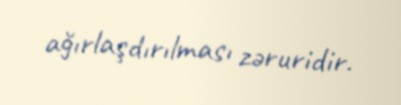
ağırlaşdırılması zəruridir.